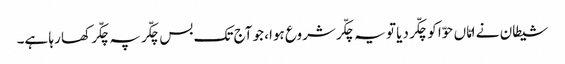
شیطان نے امّاں حوّا کو چکّر دیا تو یہ چکّر شروع ہوا، جو آج تک بس چکّر پہ چکّر کھا رہا ہے۔